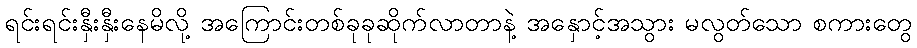
ရင်းရင်းနှီးနှီးနေမိလို့ အကြောင်းတစ်ခုခုဆိုက်လာတာနဲ့ အနှောင့်အသွား မလွတ်သော စကားတွေ